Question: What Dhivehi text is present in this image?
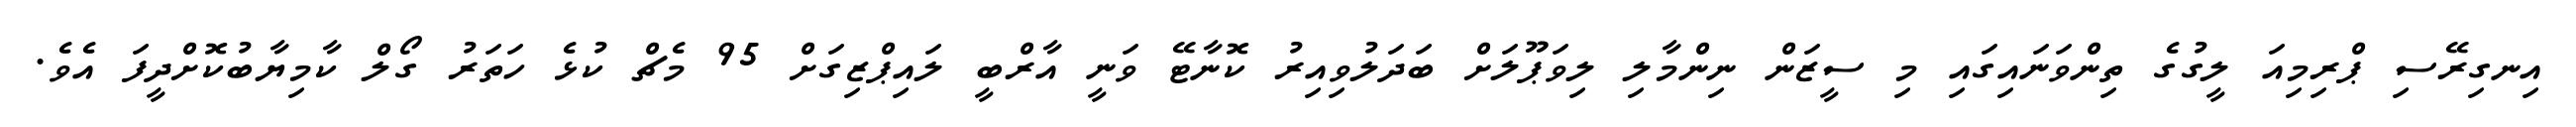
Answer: އިނގިރޭސި ޕްރިމިއަ ލީގުގެ ތިންވަނައިގައި މި ސީޒަން ނިންމާލި ލިވަޕޫލަށް ބަދަލުވިއިރު ކޮނާޓޭ ވަނީ އާރްބީ ލައިޕްޒިގަށް 95 މެޗް ކުޅެ ހަތަރު ގޯލް ކާމިޔާބުކޮށްދީފަ އެވެ.